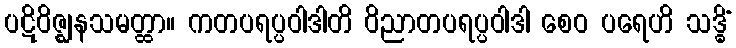
ပဋိဝိဇ္ဈနသမတ္ထာ။ ကတပရပ္ပဝါဒါတိ ဝိညာတပရပ္ပဝါဒါ စေဝ ပရေဟိ သဒ္ဓိံ